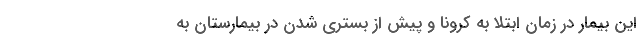
این بیمار در زمان ابتلا به کرونا و پیش از بستری شدن در بیمارستان به